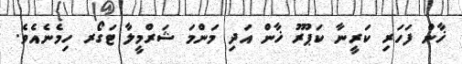
ޚާން ފަހަރި ކަރީނާ ކަޕޫރު ޚާން އަދި މަންމަ ޝަރްމީލާ ޓަގޯރ ހިމެނެއެވެ.